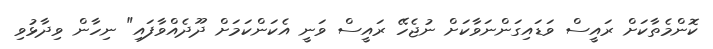
ކޮންމެތާކަށް ރައީސް ވަޑައިގަންނަވާކަށް ނުޖެހޭ ރައީސް ވަނީ އެކަންކަމަށް ދޫދެއްވާފައި" ނިހާން ވިދާޅުވި